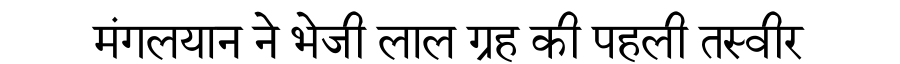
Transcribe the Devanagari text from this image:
मंगलयान ने भेजी लाल ग्रह की पहली तस्वीर